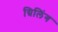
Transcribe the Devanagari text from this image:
ग्रिलिंग